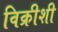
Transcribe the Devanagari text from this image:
विक्रीशी